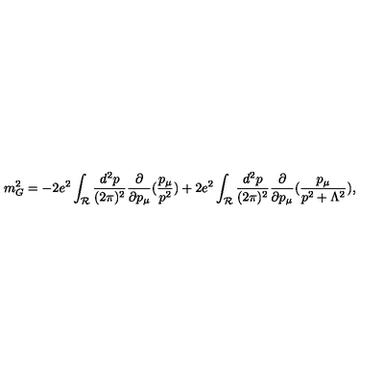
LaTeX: m _ { G } ^ { 2 } = - 2 e ^ { 2 } \int _ { { \mathcal R } } \frac { d ^ { 2 } p } { ( 2 \pi ) ^ { 2 } } \frac { \partial } { \partial p _ { \mu } } ( \frac { p _ { \mu } } { p ^ { 2 } } ) + 2 e ^ { 2 } \int _ { { \mathcal R } } \frac { d ^ { 2 } p } { ( 2 \pi ) ^ { 2 } } \frac { \partial } { \partial p _ { \mu } } ( \frac { p _ { \mu } } { p ^ { 2 } + \Lambda ^ { 2 } } ) ,